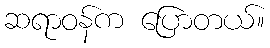
ဆရာဝန်က ပြောတယ်။